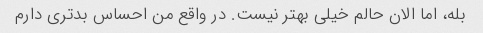
بله، اما الان حالم خیلی بهتر نیست. در واقع من احساس بدتری دارم